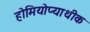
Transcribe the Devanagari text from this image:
होमियोप्याथीक